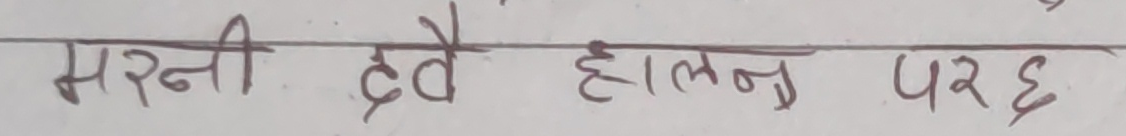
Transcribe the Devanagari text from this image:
मर्नी द्वे हालनु पर छ